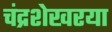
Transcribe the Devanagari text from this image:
चंद्रशेखरया